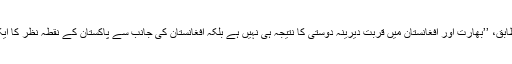
تجزیہ کار وولف کے مطابق، ’’بھارت اور افغانستان میں قربت دیرینہ دوستی کا نتیجہ ہی نہیں ہے بلکہ افغانستان کی جانب سے پاکستان کے نقطہ نظر کا ایک منطقی نتیجہ بھی ہے۔